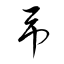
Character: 弔